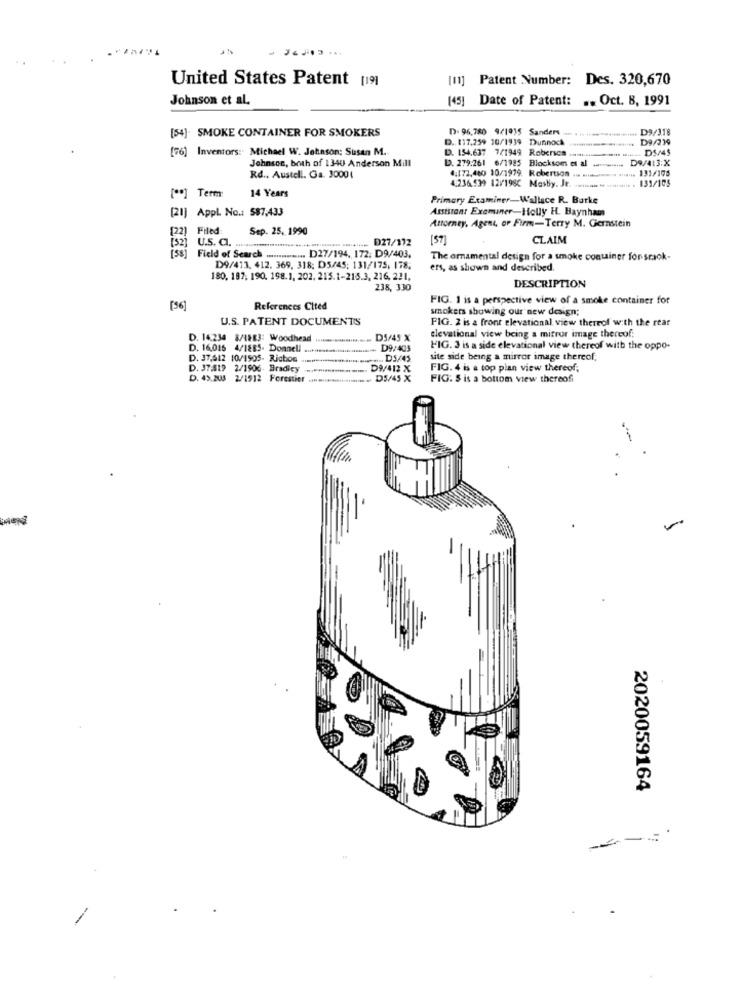
United States Patent [19]
[11] Patent Number: Des. 320,670
Johnson et al.
(45] Date of Patent: .. Oct. B, 1991
D. 96,780 9/1915 Sanders
D9/318
[54]. SMOKE CONTAINER FOR SMOKERS
D. 117.259 10/1939 Dunnock
D9/239
[76] Inventors: Michael W. Johnson; Susan M.
D. 154.637 7/1949 Roberica
D5/45
D9/413:X
Johnson, both of 1340 Anderson Mill
D. 279.261 6/1985 Blocksom et al ...........
4:172,480 10/1979. Robertson
131/105
Rd ., Austell. Ga. 30001
4.236.539 12/198C Masby. Je
131/105
[ ** ] Term:
14 Years
Primary Examiner-Wallace R. Burke
[21] AppL No .: 587,433
Assistant Examiner-Holly H. Baynham
Attorney, Agent, or Firm-Terry M. Gernstein
Filed:
Sep. 25, 1990
U.S. O .. ............................................... D27/112
1ST
CLAIM
Field of Search ............... D27/194, 172: D9/403.
The ornamental design for a smoke container for scaok-
D9/413, 412. 369. 318: D5/45: 131/175, 178;
ers, as shown and described.
180, 187. 190. 198.1. 202. 215.1-215.3, 216, 221,
238, 330
DESCRIPTION
FIG. 1 is a perspective view of a smoke container for
[96]
References Cited
smokers showing our new design;
U.S. PATENT DOCUMENTS
FIG. 2 is a front elevational view thereof with the rear
elevational view being a mirror image thereof:
D. 14.234 8/1883: Woodhead
D5/45 X
D. 16,016 4/1885- Donnell
D9/403
FIG. 3 is a side elevational view thereof with the oppo-
D. 37,612 10/1505- Richon
site side being a mirror image thereof;
D. 37:819 2/1906. Bradicy
---
D9/412 X
FIG. 4 is a top plan view thereof,
2/1912 Forestier ..**********........ D5/45 X
FIG: $ is a bottom view thereofi
2020059164